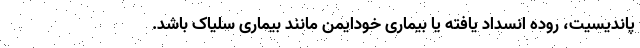
پاندیسیت، روده انسداد یافته یا بیماری خودایمن مانند بیماری سلیاک باشد.